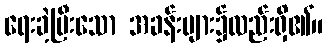
ရေးခဲ့ပြီးသော အခန်းများ၌လည်းရှိ၏။